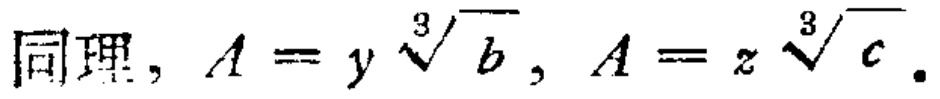
同理，$A = y\sqrt[3]{b}, A = z\sqrt[3]{c}$.